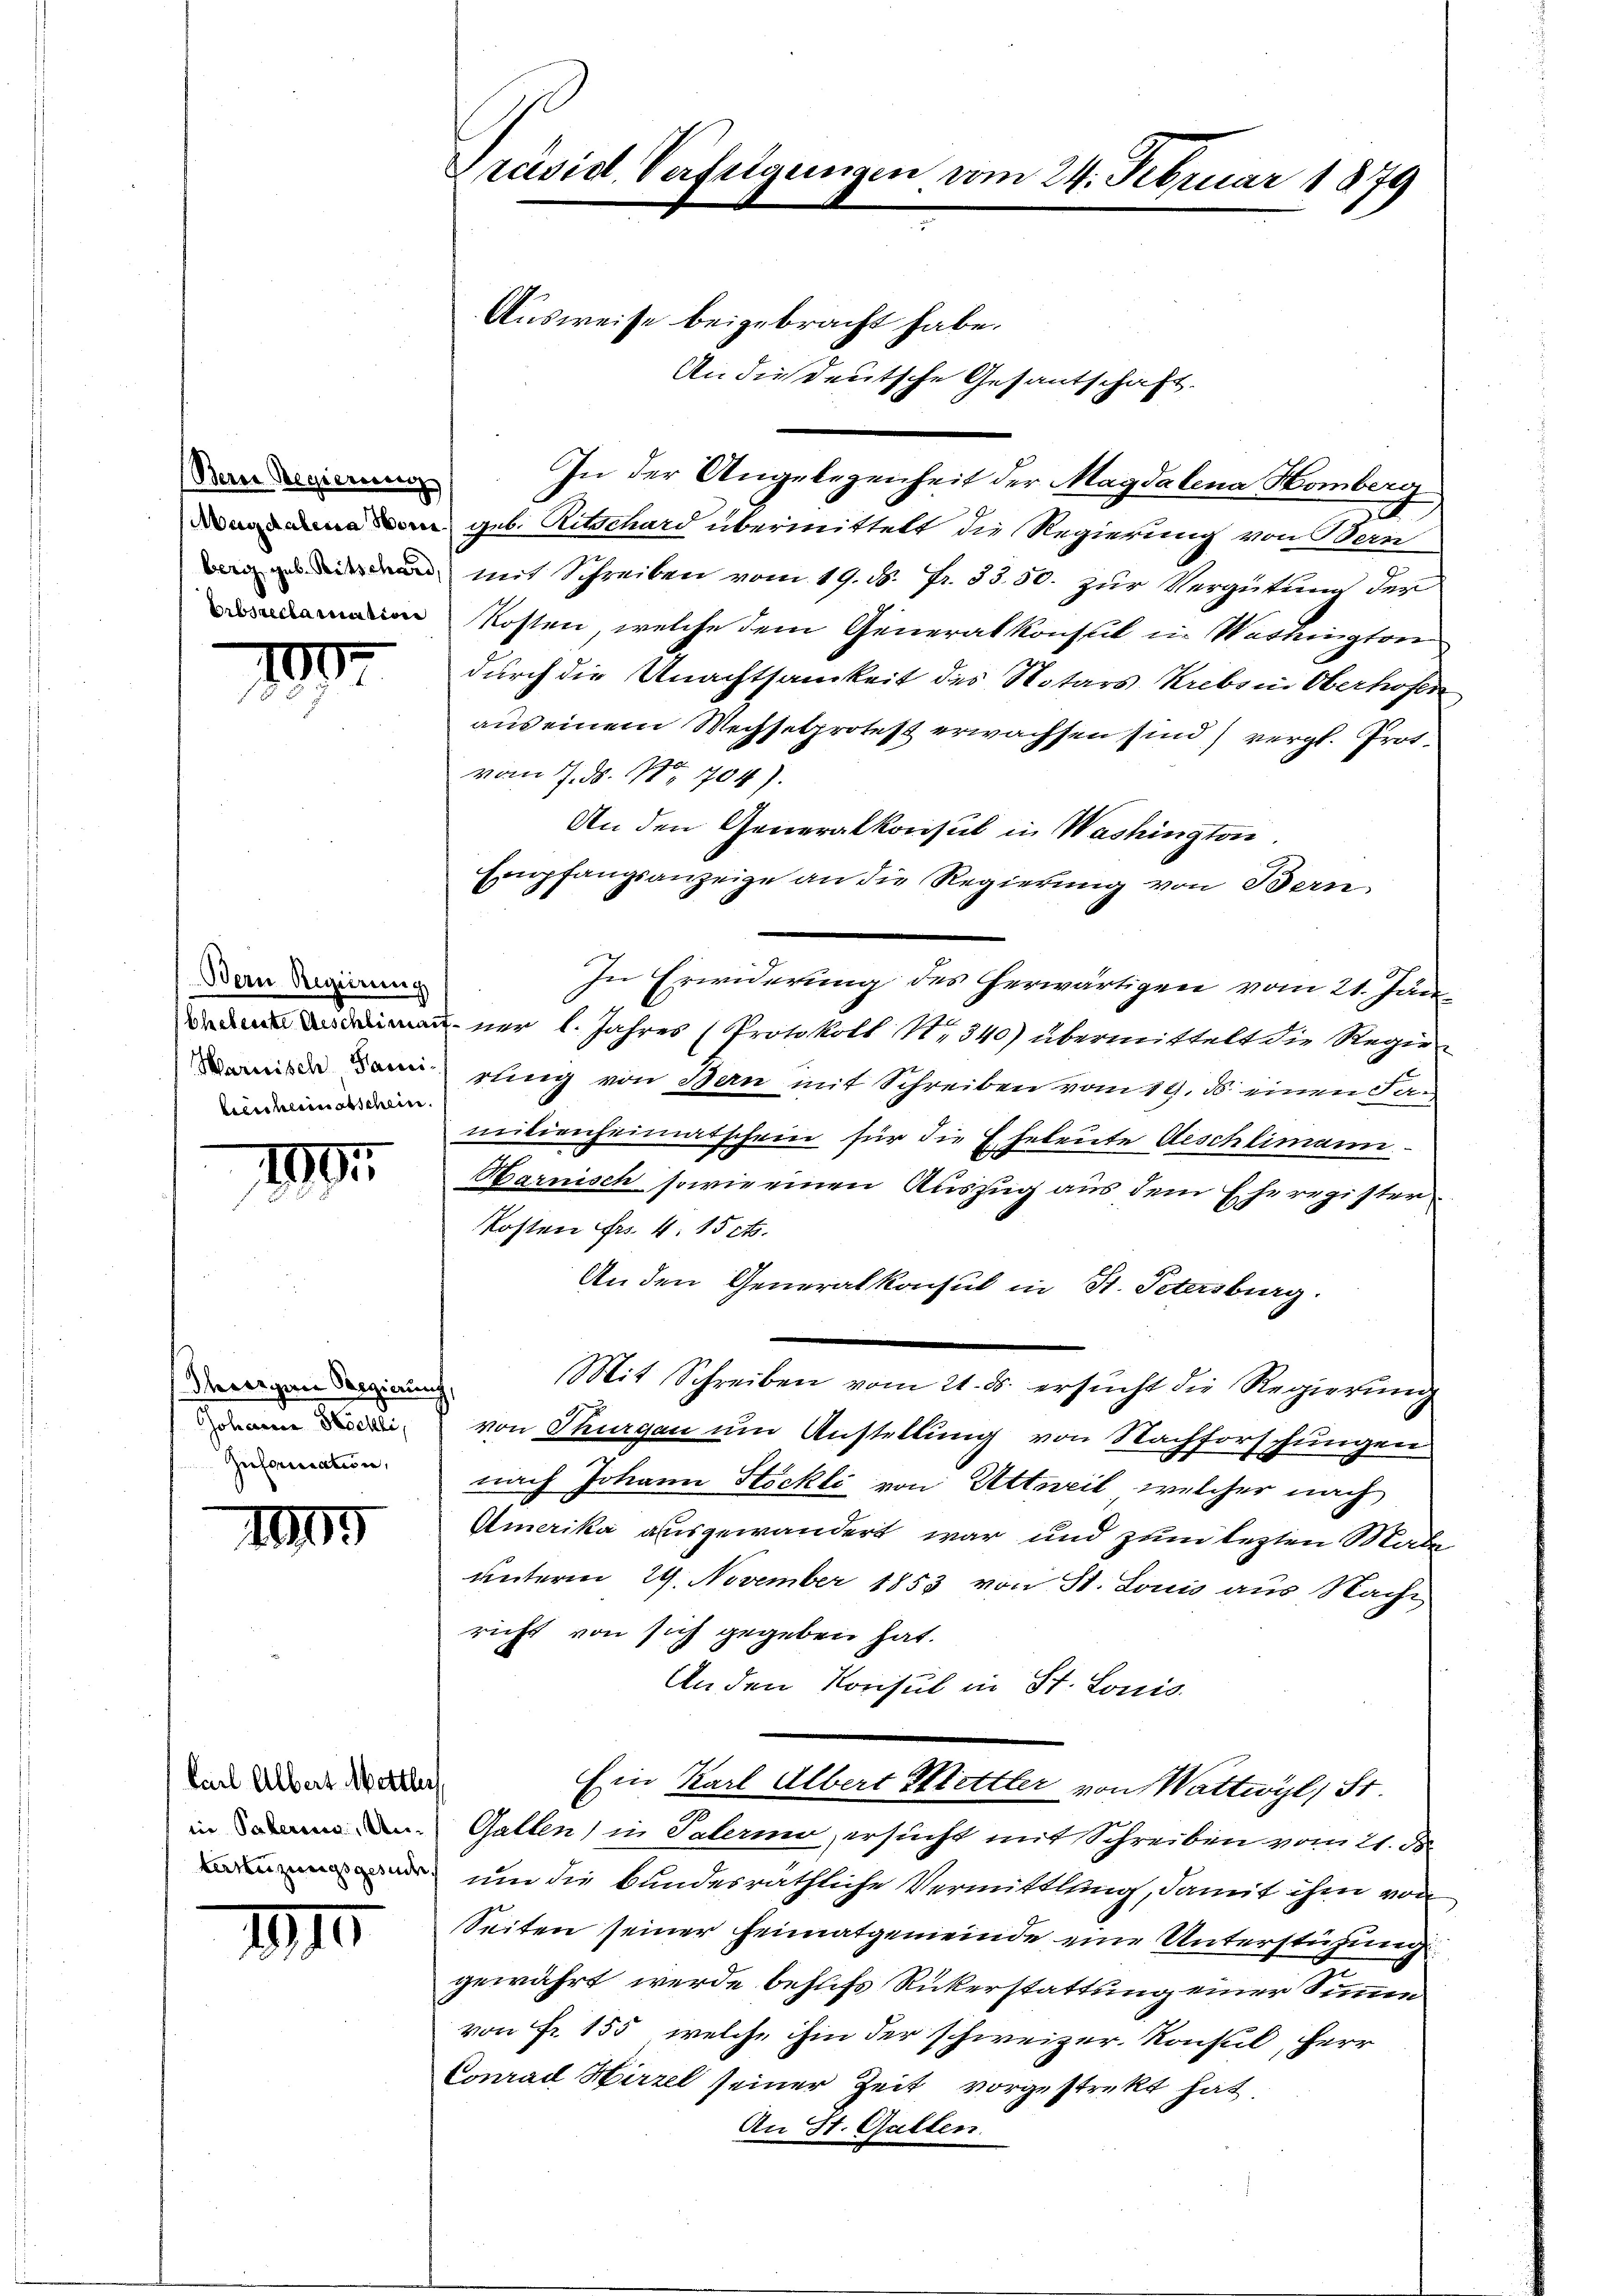
Bern Regierung
Erbsreclamation

19

Dein Regierung
kreicherinetschein.

199

Thearguer Regierung,
Johann Höchli,
Inforication,

1

Carl Albert Mettler,
in Palerina, Un¬

III.

Präsid. Verfügungen vom 24. Februar 1879

Ausweise beigebracht habe.
An die Deutsche Gesantschaft.
In der Angelegenheit der Magdalena Homberg
 geb. Ritschard übermittelt die Regierung von Bern
 mit Schreiben vom 19. d. fr. 3550. zur Vergütung der
Kosten, welche dem Generalkonsul in Washington
durch die Unachtsamkeit des Notars Krebs in Oberhofen,
aus einem Wechsetzprotest erwachsen sind) vergl. Prot.
vom 7. d. 118. 704).
An den Generalkonsul in Washington.
Empfangsanzeige an die Regierung von Bern
In Erwiderung des herwärtigen vom 21. Jän
nner l. Jahres (Protokoll N. 340) übermittelt die Regier
 dem ling von Bern mit Schreiben vom 19. d. einen Sac
milienheimatschein für die Eheleute Aeschlimann
Harnisch sowie einen Auszug aus dem Eheregister
Kosten Fr. 4. 15 ct.
An den Generalkonsul in St. Petersburg.
Mit Schreiben vom 21. ds. ersŭcht die Regierŭng
von Thurgau um Anstellung von Nachforschungen
nach Johann Stöckli von Altweil, welcher nach
Amerika ausgewandert war und zum lezten Male
unterm 29. November 1853 von St. Louis aus Nacht
richt von sich gegeben hat.
An den Konsul in St. Lonis.
Ein Karl Albert Mettler von Wattwyl, St.
Gallen) in Palermo, ersucht mit Schreiben vom 21. ds.
 uum die bundesräthliche Vermittlung, damit ihm von
Seiten seiner Heimatgemeinde eine Unterstüzung
gewährt werde behufs Rükerstattung einer Simmen
von Fr. 155, welche ihm der schweizer. Konsul, Herr
Conrad Hirzel seiner Zeit vorgestrekt hat.
An St. Galten.